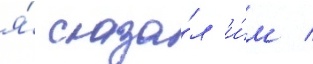
я́ сказа́л и́м /